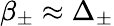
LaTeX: \beta_{\pm}\approx\Delta_{\pm}